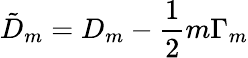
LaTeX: {\tilde{D}}_{m}=D_{m}-\frac{1}{2}m\Gamma_{m}